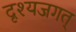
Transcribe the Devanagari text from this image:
दृश्यजगत्‌